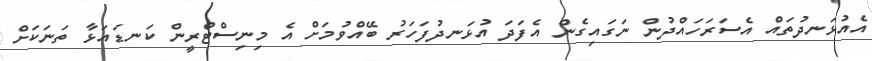
އެއުޅަނދުތައް އެސަރަހައްދުން ނަގައިގެން އެފަދަ އުޅަނދުފަހަރު ބޭއްވުމަށް އެ މިނިސްޓްރީން ކަނޑައަޅާ ތަނަކަށް